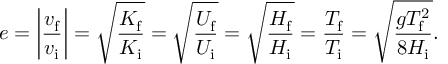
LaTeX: e = \left| { \frac { v _ { \mathrm { f } } } { v _ { \mathrm { i } } } } \right| = { \sqrt { \frac { K _ { \mathrm { f } } } { K _ { \mathrm { i } } } } } = { \sqrt { \frac { U _ { \mathrm { f } } } { U _ { \mathrm { i } } } } } = { \sqrt { \frac { H _ { \mathrm { f } } } { H _ { \mathrm { i } } } } } = { \frac { T _ { \mathrm { f } } } { T _ { \mathrm { i } } } } = { \sqrt { \frac { g T _ { \mathrm { f } } ^ { 2 } } { 8 H _ { \mathrm { i } } } } } .